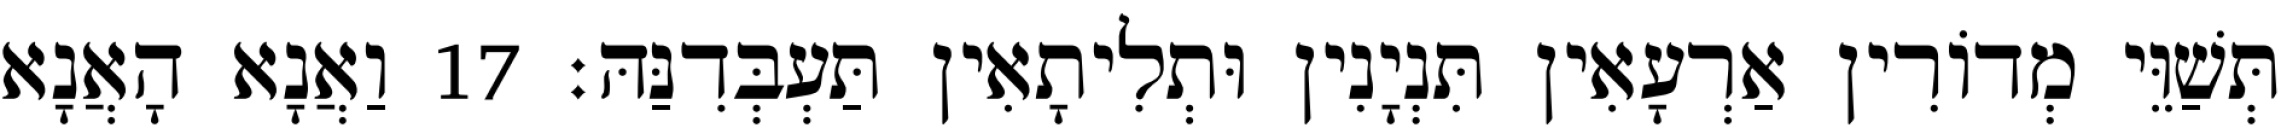
תְּשַׁוֵּי מְדוֹרִין אַרְעָאִין תִּנְיָנִין וּתְלִיתָאִין תַּעְבְּדִנַּהּ׃ 17 וַאֲנָא הָאֲנָא